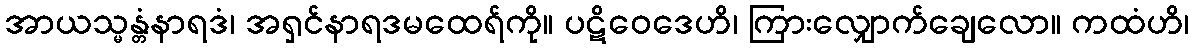
အာယသ္မန္တံနာရဒံ၊ အရှင်နာရဒမထေရ်ကို။ ပဋိဝေဒေဟိ၊ ကြားလျှောက်ချေလော။ ကထံဟိ၊